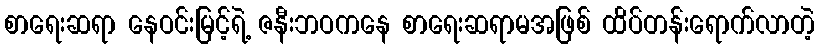
စာရေးဆရာ နေဝင်းမြင့်ရဲ့ ဇနီးဘဝကနေ စာရေးဆရာမအဖြစ် ထိပ်တန်းရောက်လာတဲ့